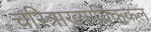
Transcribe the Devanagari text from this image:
चरित्राख्यायिककल